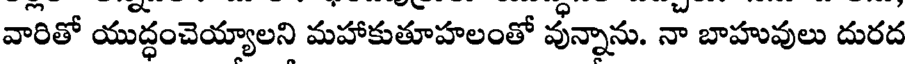
వారితో యుద్ధంచెయ్యాలని మహాకుతూహలంతో వున్నాను. నా బాహువులు దురద